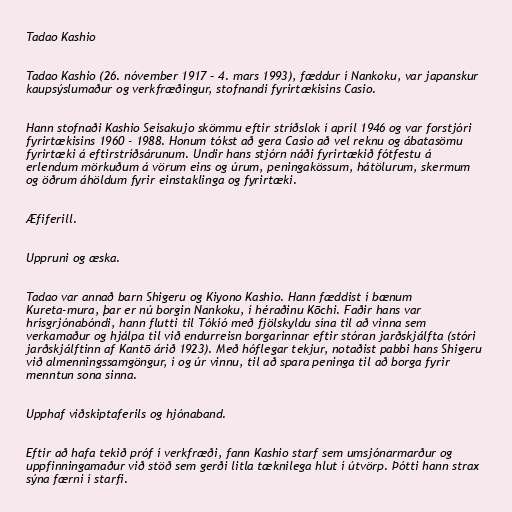
Tadao Kashio

Tadao Kashio (26. nóvember 1917 – 4. mars 1993), fæddur í Nankoku, var japanskur
kaupsýslumaður og verkfræðingur, stofnandi fyrirtækisins Casio.

Hann stofnaði Kashio Seisakujo skömmu eftir stríðslok í apríl 1946 og var forstjóri
fyrirtækisins 1960 - 1988. Honum tókst að gera Casio að vel reknu og ábatasömu
fyrirtæki á eftirstríðsárunum. Undir hans stjórn náði fyrirtækið fótfestu á
erlendum mörkuðum á vörum eins og úrum, peningakössum, hátölurum, skermum
og öðrum áhöldum fyrir einstaklinga og fyrirtæki.

Æfiferill.

Uppruni og æska.

Tadao var annað barn Shigeru og Kiyono Kashio. Hann fæddist í bænum
Kureta-mura, þar er nú borgin Nankoku, í héraðinu Kōchi. Faðir hans var
hrísgrjónabóndi, hann flutti til Tókíó með fjölskyldu sína til að vinna sem
verkamaður og hjálpa til við endurreisn borgarinnar eftir stóran jarðskjálfta (stóri
jarðskjálftinn af Kantō árið 1923). Með hóflegar tekjur, notaðist pabbi hans Shigeru
við almenningssamgöngur, í og úr vinnu, til að spara peninga til að borga fyrir
menntun sona sinna.

Upphaf viðskiptaferils og hjónaband.

Eftir að hafa tekið próf í verkfræði, fann Kashio starf sem umsjónarmarður og
uppfinningamaður við stöð sem gerði litla tæknilega hlut í útvörp. Þótti hann strax
sýna færni í starfi.